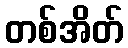
တစ်အိတ်